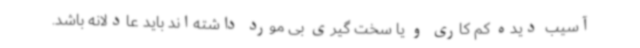
آسیب دیده کم کاری و یا سخت گیری بی مورد داشته‌اند باید عادلانه باشد.